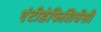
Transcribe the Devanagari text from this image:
एंटीडेफिशियेंसी